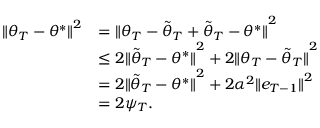
\begin{array} { r l } { { \Vert { \theta } _ { T } - \theta ^ { * } \Vert } ^ { 2 } } & { = { \Vert { \theta } _ { T } - \tilde { \theta } _ { T } + \tilde { \theta } _ { T } - \theta ^ { * } \Vert } ^ { 2 } } \\ & { \leq 2 { \Vert \tilde { \theta } _ { T } - \theta ^ { * } \Vert } ^ { 2 } + 2 { \Vert { \theta } _ { T } - \tilde { \theta } _ { T } \Vert } ^ { 2 } } \\ & { = 2 { \Vert \tilde { \theta } _ { T } - \theta ^ { * } \Vert } ^ { 2 } + 2 { \alpha } ^ { 2 } { \Vert e _ { T - 1 } \Vert } ^ { 2 } } \\ & { = 2 \psi _ { T } . } \end{array}